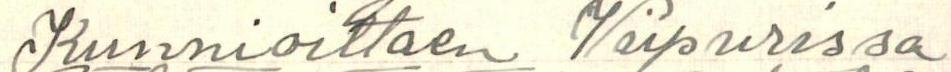
Kunnioittaen Viipurissa